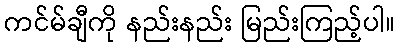
ကင်မ်ချီကို နည်းနည်း မြည်းကြည့်ပါ။